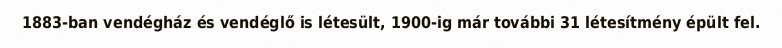
1883-ban vendégház és vendéglő is létesült, 1900-ig már további 31 létesítmény épült fel.